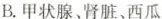
B.甲状腺、肾脏、西瓜